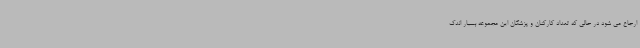
ارجاع می شود در حالی که تعداد کارکنان و پزشکان این مجموعه بسیار اندک